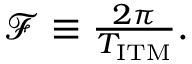
\begin{array} { r } { \mathcal { F } \equiv \frac { 2 \pi } { T _ { \mathrm { I T M } } } . } \end{array}